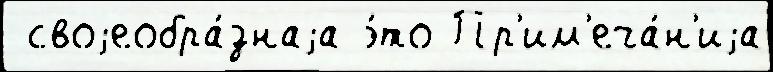
 своjеобра́знаjа э́то Пр'им'еча́н'иjа